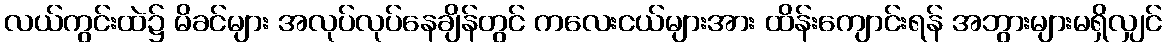
လယ်ကွင်းထဲ၌ မိခင်များ အလုပ်လုပ်နေချိန်တွင် ကလေးငယ်များအား ထိန်းကျောင်းရန် အဘွားများမရှိလျှင်